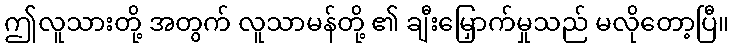
ဤလူသားတို့ အတွက် လူသာမန်တို့ ၏ ချီးမြှောက်မှုသည် မလိုတော့ပြီ။